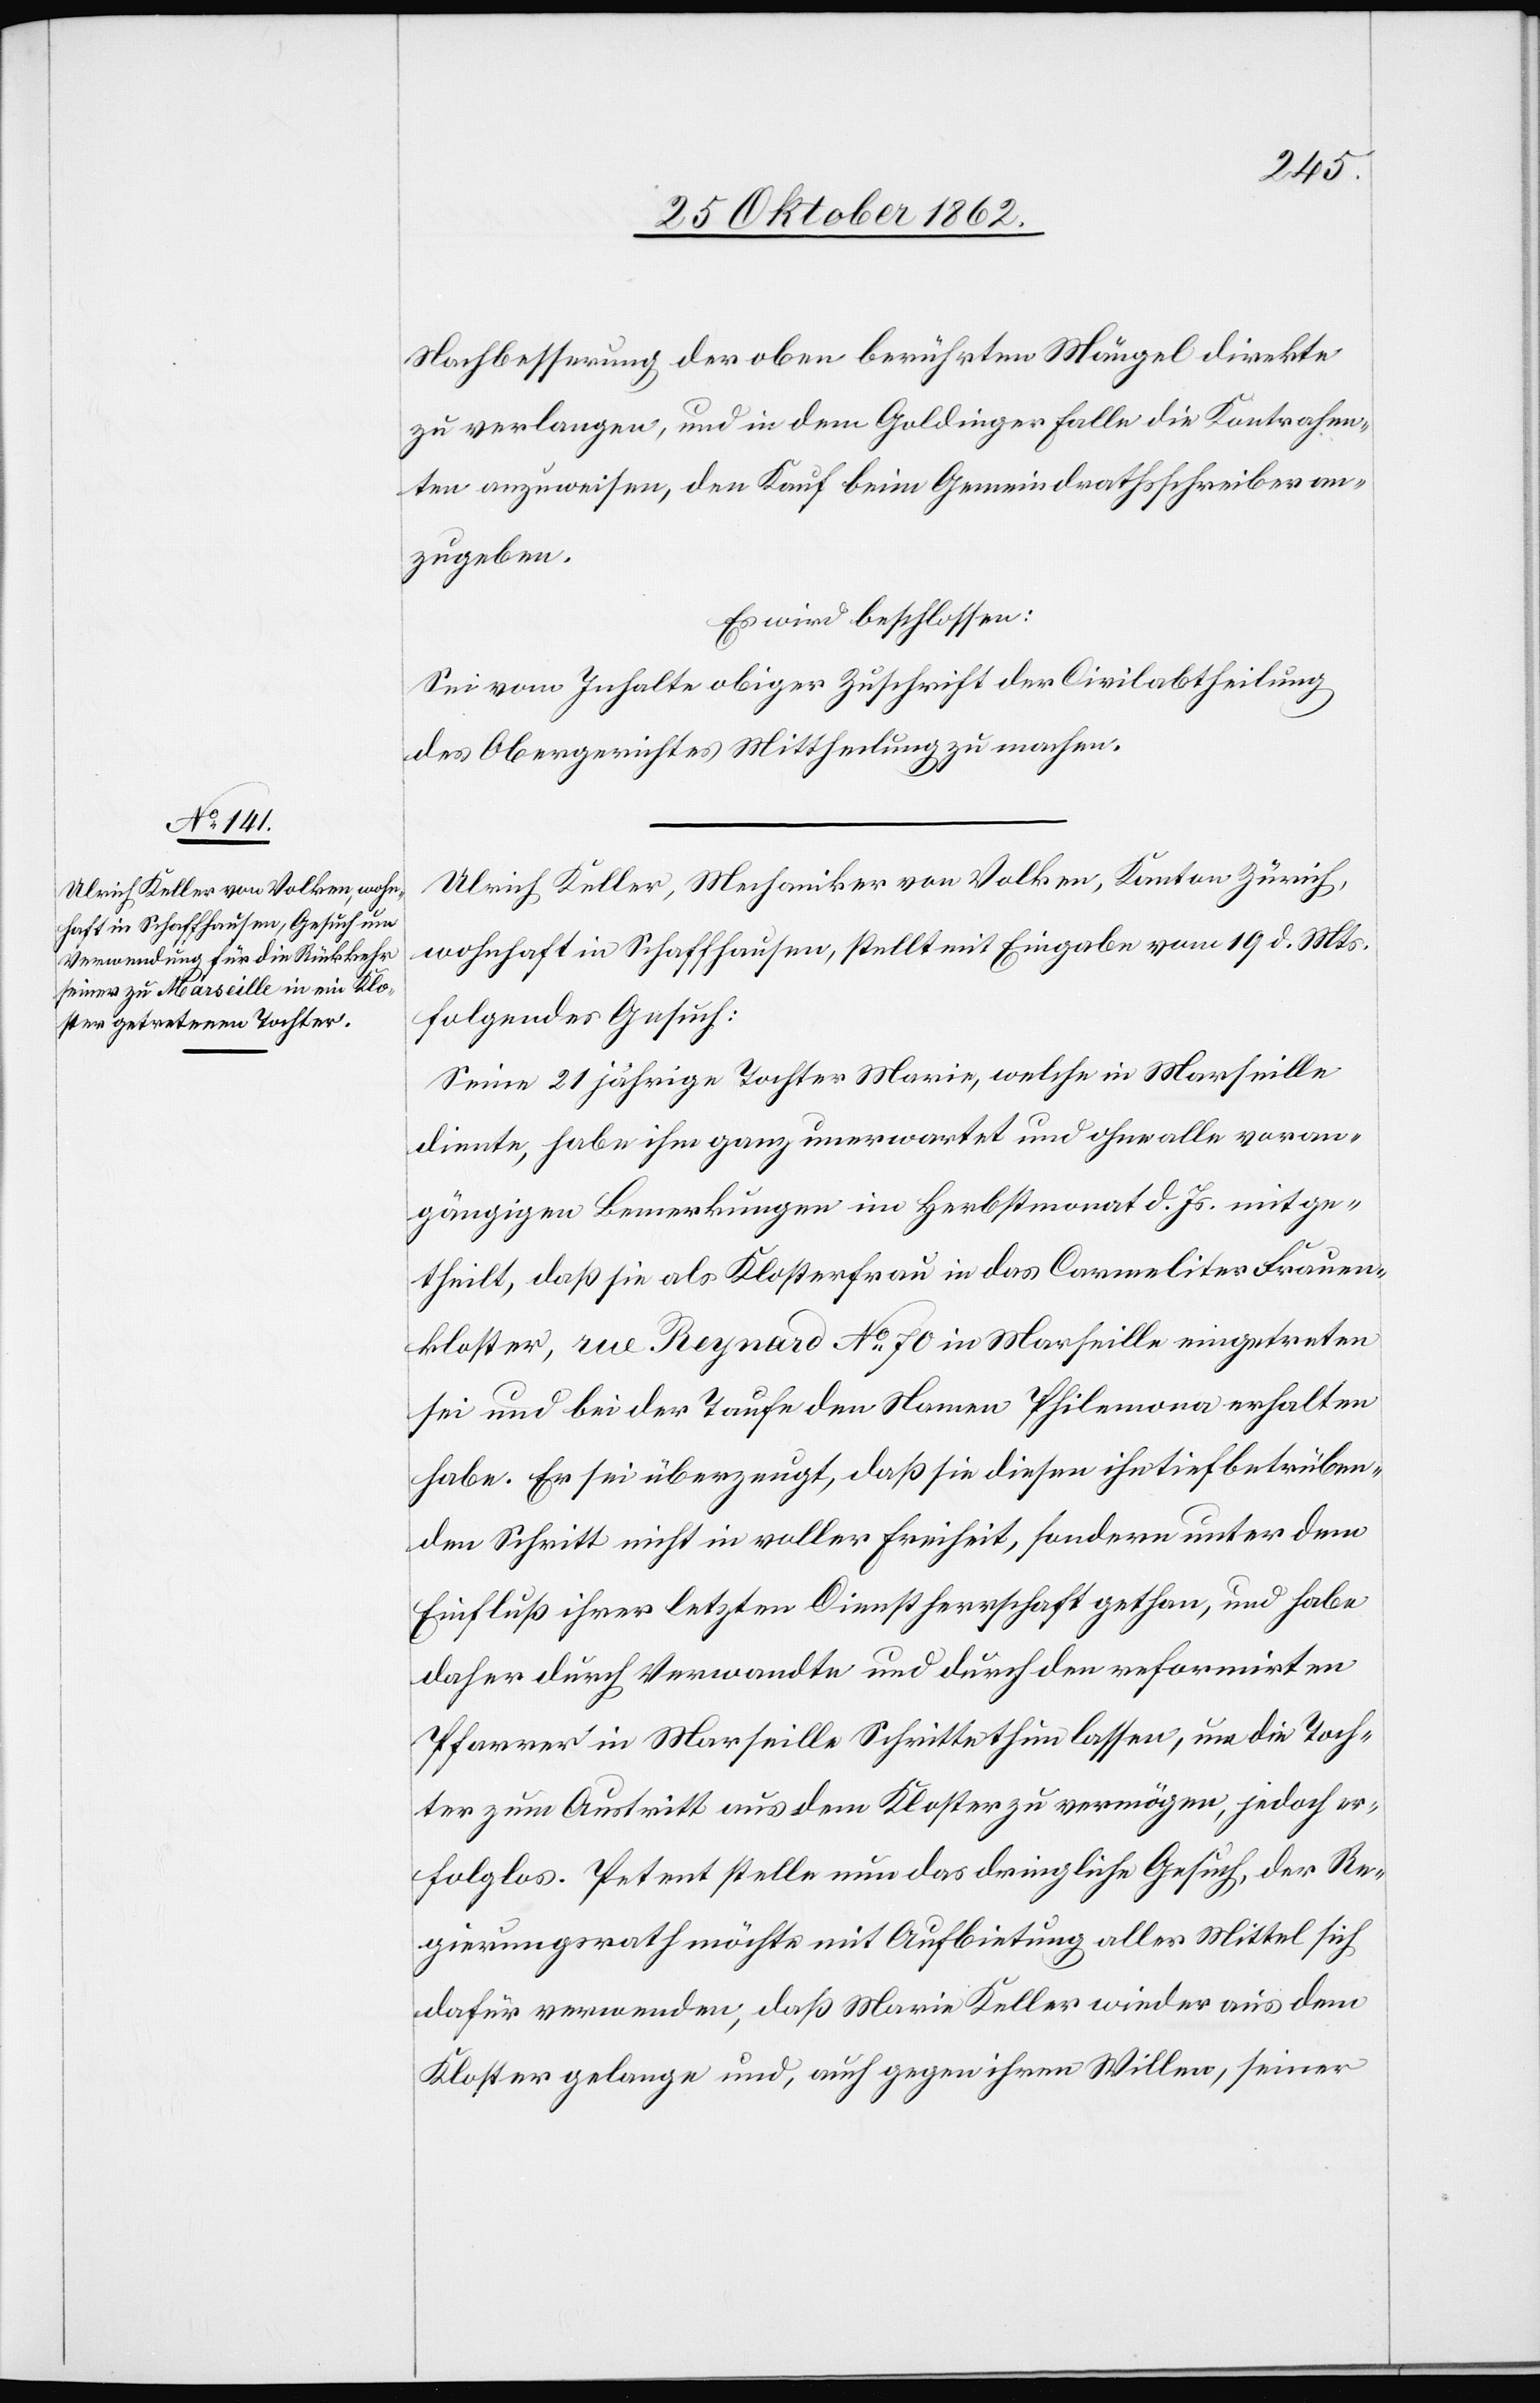
Nachbesserung der oben berührten Mängel direkte
zu verlangen, und in dem Goldinger Falle die Kontrahen¬
ten anzuweisen, den Kauf beim Gemeindrathsschreiber an¬
zugeben.
Es wird beschlossen:
Sei vom Inhalte obiger Zuschrift der Civilabtheilung
des Obergerichtes Mitheilung zu machen.
Ulrich Keller, Mechaniker von Volken, Kanton Zürich,
wohnhaft in Schaffhausen, stellt mit Angabe vom 19. d. Mts.
folgendes Gesuch:
Seine 21 jährige Tochter Maria, welche in Marseille
diente, habe ihm ganz unverwartet und ohne alle voran¬
gängige Bemerkungen im Herbstmonat d. Js. mitge¬
theilt, daß sie als Klosterfrau in das Carmeliter Frauen¬
kloster, rue Reynard No 70 in Marseille eingetreten
sei und bei der Taufe den Namen Philomena erhalten
habe. Er sei überzeugt, daß sie diesen ihn tief betrüben¬
den Schritt nicht in voller Freiheit, sondern unter dem
Einfluß ihrer letzten Dienstherrschaft gethan, und habe
daher durch Verwandte und durch den reformirten
Pfarrer in Marseille Schritte thun lassen, um die Toch¬
ter zum Austritt aus dem Kloster zu vermögen, jedoch er¬
folglos. Petent stelle nun das dringliche Gesuch, der Re¬
gierungsrath möchte mit Aufbietung aller Mittel sich
dafür verwenden, daß Marie Keller wieder aus dem
Kloster gelange, und auch gegen ihren Willen, seiner